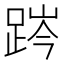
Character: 𨁊